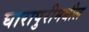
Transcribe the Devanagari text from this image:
घारापुरीमधील